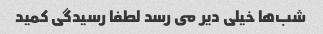
شب‌ها خیلى دیر مى رسد لطفا رسیدگى کمید